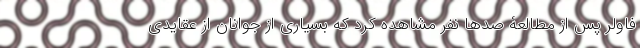
فاولر پس از مطالعۀ صدها نفر مشاهده کرد که بسیاری از جوانان از عقایدی